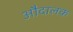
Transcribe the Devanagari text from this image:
औदालक